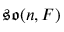
{ \mathfrak { s o } } ( n , F )